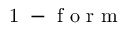
\mathrm { ~ 1 ~ - ~ f ~ o ~ r ~ m ~ }